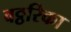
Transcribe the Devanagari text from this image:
वठ्ठरिका